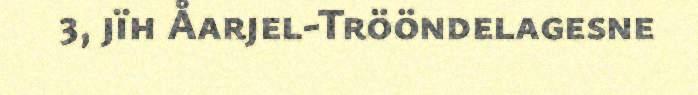
3, jïh Åarjel-Trööndelagesne